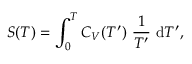
S ( T ) = \int _ { 0 } ^ { T } C _ { V } ( T ^ { \prime } ) ~ \frac { 1 } { T ^ { \prime } } ~ \mathrm { d } T ^ { \prime } ,